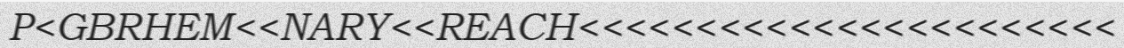
P<GBRHEM<<NARY<<REACH<<<<<<<<<<<<<<<<<<<<<<<